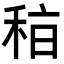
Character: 𥞞